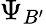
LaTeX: \Psi_{B^{\prime}}